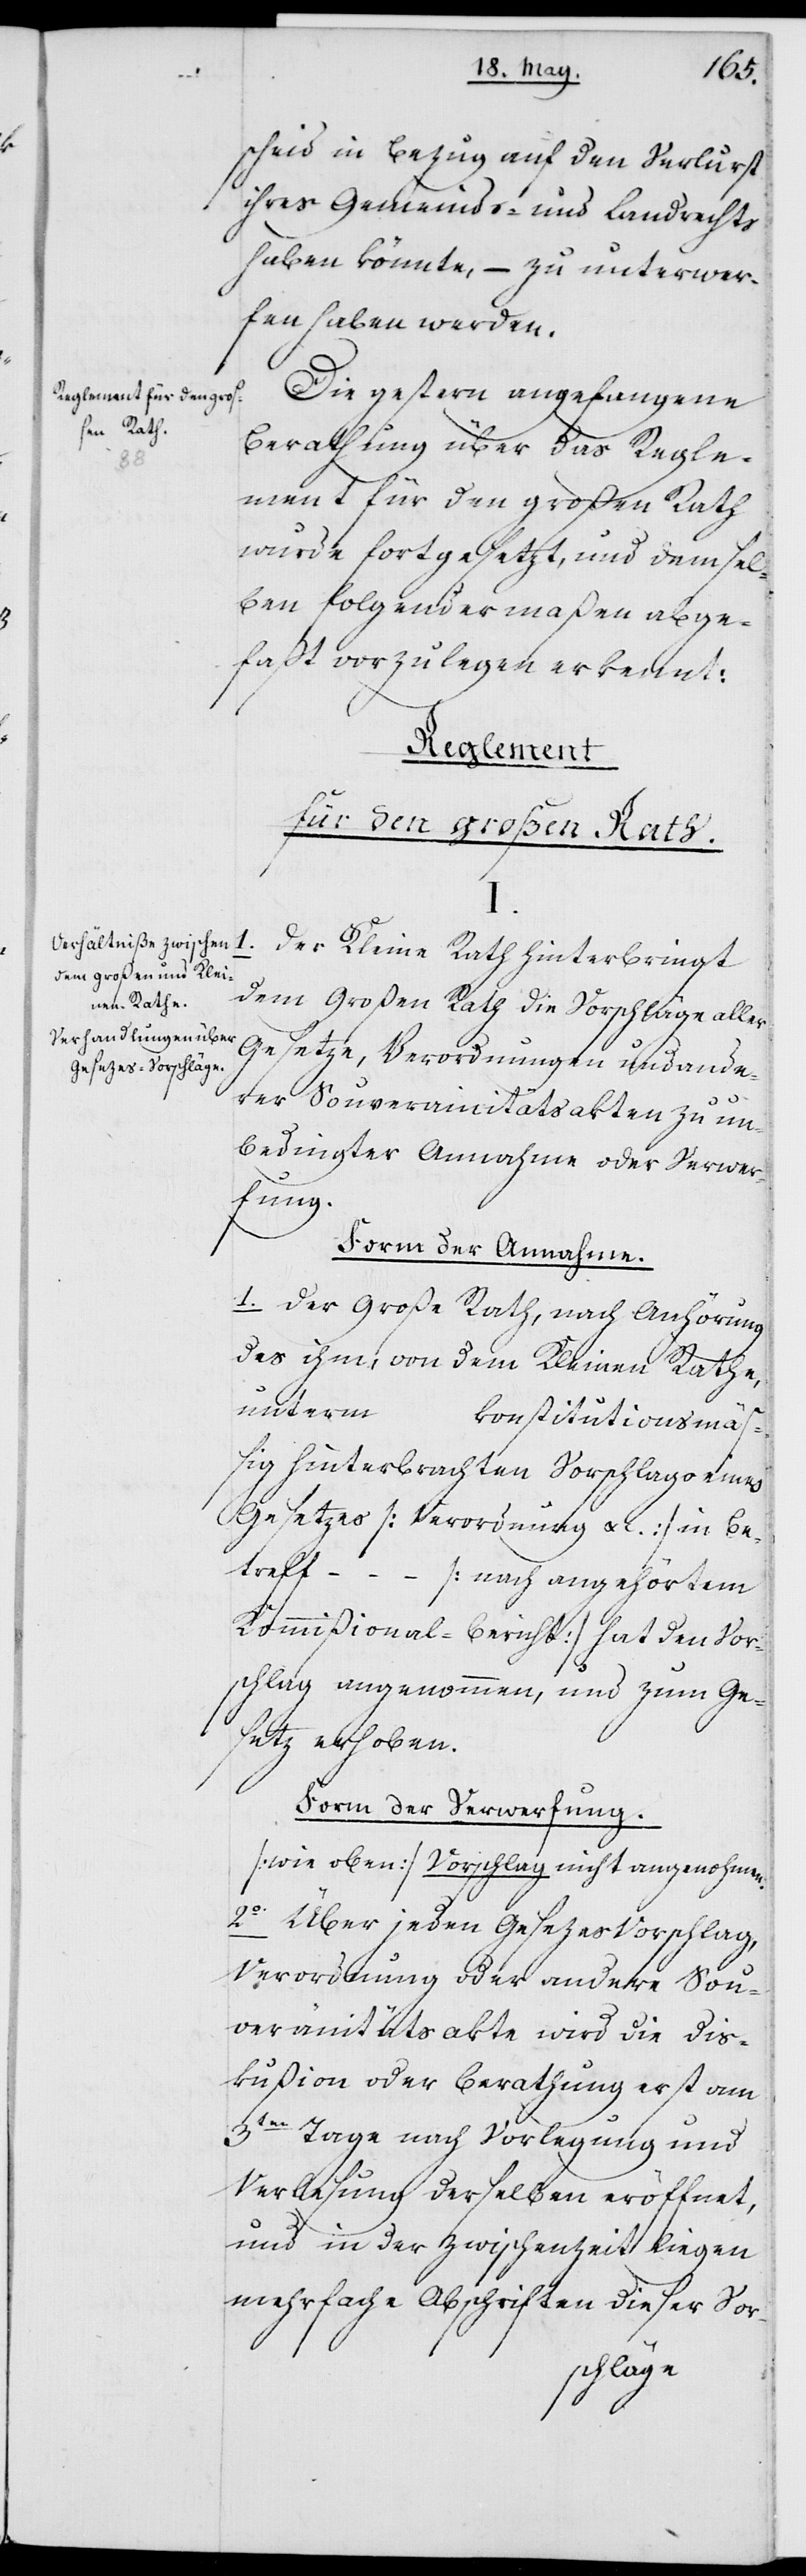
Reglement für den gro¬
ßen Rath.
Verhältniße zwischen
dem großen und Klei¬
nen Rathe.
Verhandlungen über
Gesezes-Vorschläge.

1.
scheid in Bezug auf den Verlurst
ihres Gemeinde- und Landrechts
haben könnte, – zu unterwer¬
fen haben werden.
Die gestern angefangene
Berathung über das Regle¬
ment für den großen Rath
wurde fortgesetzt, und demsel¬
ben folgendermaßen abge¬
faßt vorzulegen erkennt:
Der Kleine Rath hinterbringt
dem Großen Rath die Vorschläge aller
Gesetze, Verordnungen und ande¬
rer Souverainitätsakten zu un¬
bedingter Annahme oder Verwer¬
fung.
Form der Annahme.
1o Der Große Rath, nach Anhörung
des ihm, von dem Kleinen Rathe,
unterm
konstitutionsmäß¬
ig hinterbrachten Vorschlags eines
Gesetzes (Verordnung ac.:) in Be¬
treff ... (nach angehörtem
Kommißional-Bericht) hat den Vor¬
schlag angenohmen und zum Ge¬
setz erhoben.
Form der Verwerfung.
(wie oben) Vorschlag nicht angenohmen.
2o Über jeden Gesezesvorschlag,
Verordnung oder andere Sou¬
veränitätsakte wird die Dis¬
kußion oder Berathung erst am
3ten Tage nach Vorlegung und
Verlesung derselben eröffnet,
und in der Zwischenzeit liegen
mehrfache Abschriften dieser Vor-